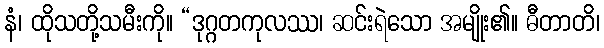
နံ၊ ထိုသတို့သမီးကို။ “ဒုဂ္ဂတကုလဿ၊ ဆင်းရဲသော အမျိုး၏။ ဓီတာတိ၊